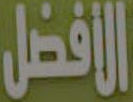
الأفضل